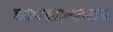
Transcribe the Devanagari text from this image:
छापखान्यातच